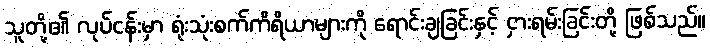
သူတို့၏ လုပ်ငန်းမှာ ရုံးသုံးစက်ကိရိယာများကို ရောင်းချခြင်းနှင့် ငှားရမ်းခြင်းတို့ ဖြစ်သည်။